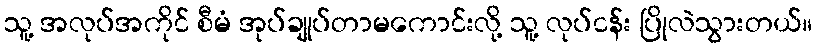
သူ့ အလုပ်အကိုင် စီမံ အုပ်ချုပ်တာမကောင်းလို့ သူ့ လုပ်ငန်း ပြိုလဲသွားတယ်။